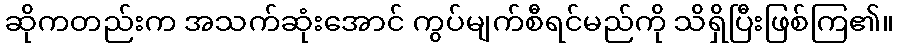
ဆိုကတည်းက အသက်ဆုံးအောင် ကွပ်မျက်စီရင်မည်ကို သိရှိပြီးဖြစ်ကြ၏။